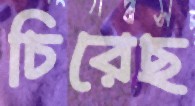
চিরেছ